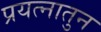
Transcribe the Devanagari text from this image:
प्रयत्नातुन